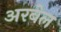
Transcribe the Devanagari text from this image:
अरबेल